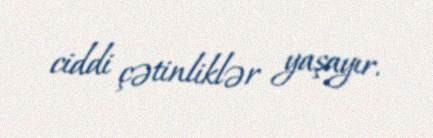
ciddi çətinliklər yaşayır.